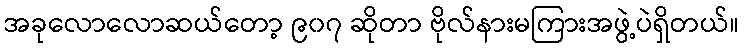
အခုလောလောဆယ်တော့ ၉၀၇ ဆိုတာ ဗိုလ်နားမကြားအဖွဲ့ပဲရှိတယ်။